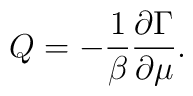
Q =  - \frac{1}{\beta} {\partial \Gamma \over \partial \mu} .